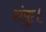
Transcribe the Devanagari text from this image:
शंकु।